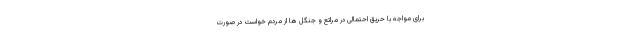
برای مواجه با حریق احتمالی در مراتع و جنگل ها از مردم خواست در صورت